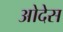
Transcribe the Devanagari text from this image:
ओदेस